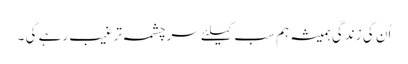
اُن کی زندگی ہمیشہ ہم سب کیلئے سرچشمہ ترغیب رہے گی ۔